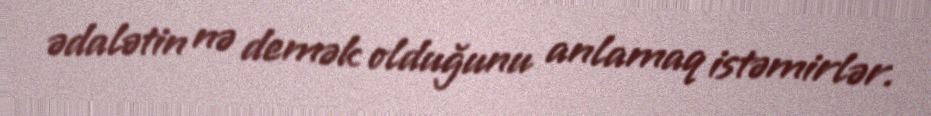
ədalətin nə demək olduğunu anlamaq istəmirlər.